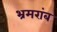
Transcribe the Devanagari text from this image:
भ्रमरांब